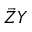
\vec { Z } Y